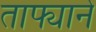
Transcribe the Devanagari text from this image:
ताफ्याने